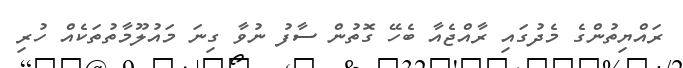
ރައްޔިތުންގެ މެދުގައި ރާއްޖެއާ ބެހޭ ގޮތުން ސާފު ނުވާ ގިނަ މައުލޫމާތުތަކެއް ހުރި